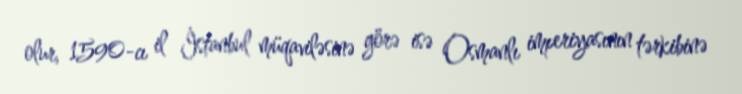
olur, 1590-cı il İstanbul müqaviləsinə görə isə Osmanlı imperiyasının tərkibinə